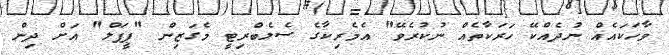
ވާހަކައެއް ނުދެއްކޭ ހަރަކާތެއް ނުކުރެވޭ" އެމެރިކާގެ ސެލެބްރިޓީ މެގަޒިން "ޕީޕަލް" އަށް ދިން